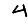
Digit: 4